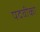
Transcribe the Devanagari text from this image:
पदवीका